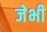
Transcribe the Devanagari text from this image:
जेभी